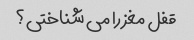
قفل مغز را می شناختی؟